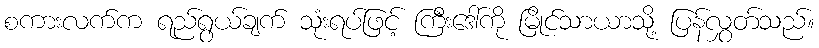
စကားလက်က ရည်ရွယ်ချက် သုံးရပ်ဖြင့် ကြီးဒေါ်ကို မြိုင်သာယာသို့ ပြန်လွှတ်သည်။